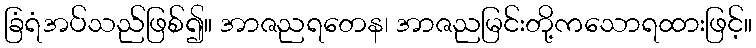
ခြံရံအပ်သည်ဖြစ်၍။ အာဇညရတေန၊ အာဇညမြင်းတို့ကသောရထားဖြင့်။